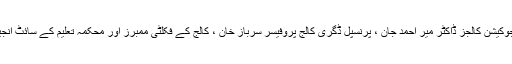
اس دورے میں ڈائریکٹر ایجوکیشن کالجز ڈاکٹر میر احمد جان ، پرنسپل ڈگری کالج پروفیسر سرباز خان ، کالج کے فکلٹی ممبرز اور محکمہ تعلیم کے سائٹ انجینئر خان بہادر شامل تھے ۔